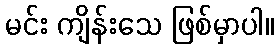
မင်း ကျိန်းသေ ဖြစ်မှာပါ။